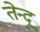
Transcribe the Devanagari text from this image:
तेन्दू